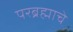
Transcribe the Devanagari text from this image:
परब्रह्माचे